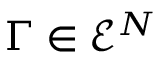
\Gamma \in \mathcal { E } ^ { N }